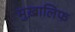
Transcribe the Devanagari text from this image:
मुख़ालिफ